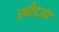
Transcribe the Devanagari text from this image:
स्पीडअप